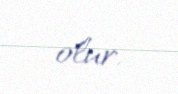
olur.